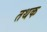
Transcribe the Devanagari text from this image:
तथक